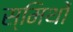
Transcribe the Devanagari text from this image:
स्मिथों